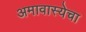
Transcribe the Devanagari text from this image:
अमावास्येचा